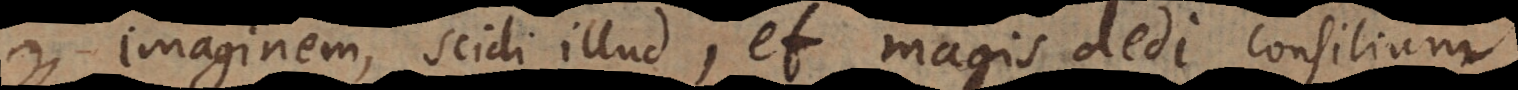
imaginem, scidi illud, et magis dedi consilium